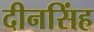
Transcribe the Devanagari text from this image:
दीनसिंह